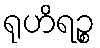
ရုဟိရဉ္စ